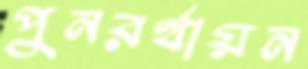
পুনরর্থায়ন